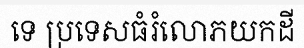
ទេ ប្រទេសធំរំលោភយកដី